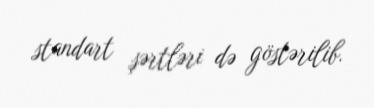
standart şərtləri də göstərilib.